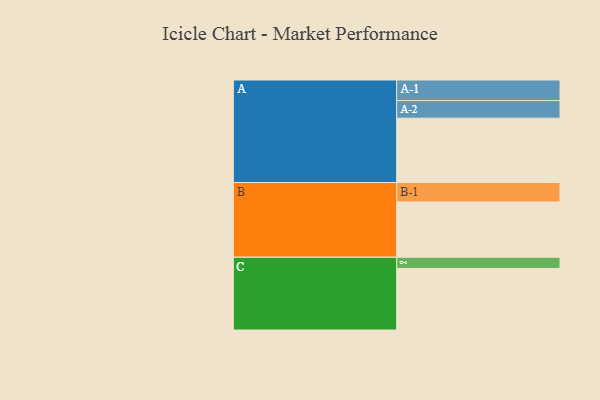
{"axis": {"x": "Segment", "y": "Value"}, "legend": ["", "A", "B", "C"], "data": [{"x": "A", "y": 556, "type": ""}, {"x": "B", "y": 478, "type": ""}, {"x": "C", "y": 532, "type": ""}, {"x": "A-1", "y": 178, "type": "A"}, {"x": "A-2", "y": 152, "type": "A"}, {"x": "B-1", "y": 168, "type": "B"}, {"x": "C-1", "y": 97, "type": "C"}]}